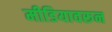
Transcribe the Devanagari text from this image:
मीडियावरून